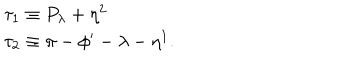
\begin{array} { l } { { \tau _ { 1 } \equiv P _ { \lambda } + \eta ^ { 2 } } } \\ { { \tau _ { 2 } \equiv \pi - \phi ^ { \prime } - \lambda - \eta ^ { 1 } . } } \\ \end{array}